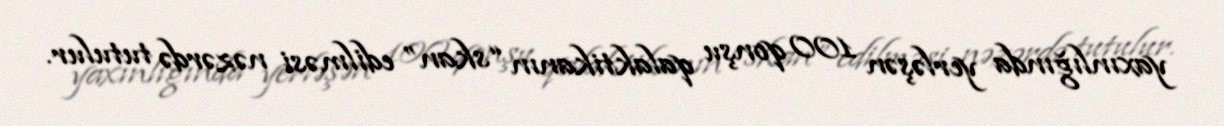
yaxınlığında yerləşən 100 qonşu qalaktikanın “skan” edilməsi nəzərdə tutulur.